Annual administration report of the Civil Veterinary Department of India - 1898-1899
Year: 1898
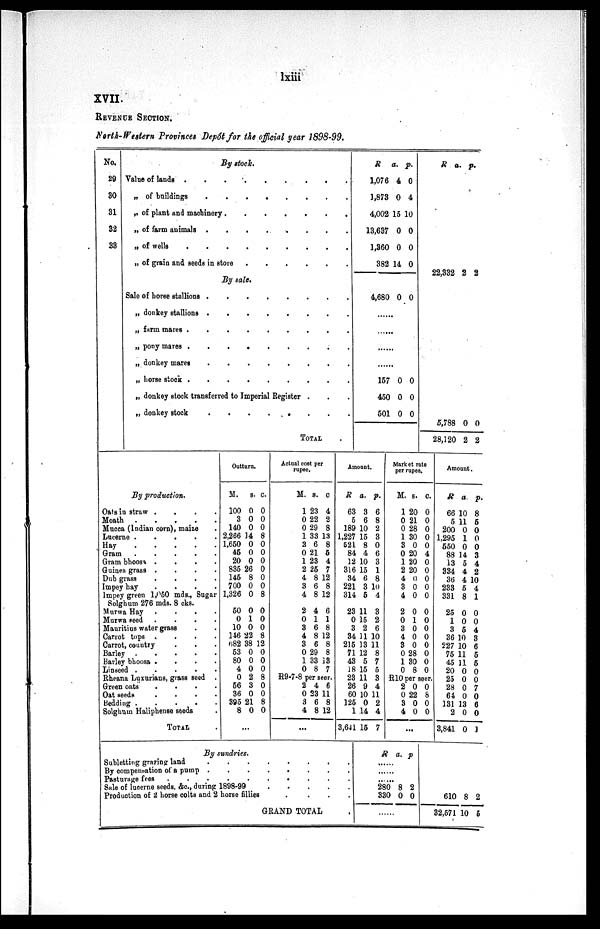
lxiii
XVII.
REVENUE SECTION.
North-Western Provinces Depôt for the official year 1898-99.
No.
29
30
31
32
33
By stock.
Value of lands
.
.
.
.
.
.
.
.
„ of buildings
.
.
.
.
.
.
.
.
.
„ of plant and machinery
.
.
.
.
.
.
.
„ of farm animals
.
.
.
.
„ of wells
.
.
.
.
.
.
.
.
„ of grain and seeds in store .
.
.
.
.
. . .
By sale.
Sale of horse stallions .
.
.
.
.
.
. . .
„ donkey stallions .
.
.
.
.
.
.
. .
„ farm mares .
.
.
.
.
.
.
.
.
„ pony mares
.
.
.
.
.
.
.
.
„ donkey mares
.
.
.
.
.
.
.
„ horse
stock
.
.
.
.
.
.
.
.
„ donkey stock transferred to Imperial Register . . .
„ donkey stock
.
.
.
.
.
.
.
TOTAL .
R
1,076
1,873
4,002
13,637
1,360
382
4,680
a.
4
0
15
0
0
14
0
p.
0
4
10
0
0
0
0
.....
.....
.....
.....
157
450
501
0
0
0
0
0
0
R a. p.
22,332
2 2
5,788
28,120
0
2
0
2
By production.
Oats in straw . . . .
Moath .
.
. . .
Mucca (Indian corn), maize .
Lucerne . . . . .
Hay
.
.
.
.
.
Gram
. . . . .
Gram bhoosa .
.
.
. .
Guinea grass . . . .
Dub grass
.
.
.
.
Impey hay
.
.
.
.
lmpey green 1,050 mds., Sugar
Solghum 276 mds. 8 cks.
Murwa Hay . . . .
Murwa seed .
.
.
.
Mauritius water grass . .
Carrot tops . . . .
Carrot, country . . . .
Barley
.
.
.
.
.
Barley bhoosa .
.
.
.
Linseed . . . . .
Rheana Luxurians, grass seed .
Green oats
.
.
.
.
Oat seeds
.
.
.
.
Bedding
.
.
.
.
.
Solghum Haliphense seeds .
TOTAL
Outturn.
M.
100
3
140
2,266
1,650
45
20
835
145
700
1,326
50
0
10
146
682
53
80
4
0
56
36
395
8
s.
0
0
0
14
0
0
0
26
8
0
0
0
1
0
22
38
0
0
0
2
3
0
21
0
c.
0
0
0
8
0
0
0
0
0
0
8
0
0
0
8
12
0
0
0
8
0
0
8
0
...
Actual cost per
rupee.
M.
1
0
0
1
3
0
1
2
4
3
4
2
0
3
4
3
0
1
0
s.
23
22
29
33
6
21
23
25
8
6
8
4
1
6
8
6
29
33
8
c.
4
2
8
13
8
5
4
7
12
8
12
6
1
8
12
8
8
13
7
R9-7-8 per seer.
2
0
3
4
4
23
6
8
6
11
8
12
...
Amount.
R
63
5
189
1,227
521
84
12
316
34
221
314
23
0
3
34
215
71
43
18
23
26
60
125
1
3,641
a.
3
6
10
15
8
4
10
15
6
3
5
11
15
2
11
13
12
5
15
11
9
10
0
14
15
p.
6
8
2
3
0
6
3
1
8
10
4
3
2
6
10
11
8
7
5
3
4
11
2
4
7
Market rate
per rupee.
M.
1
0
0
1
3
0
1
2
4
3
4
2
0
3
4
3
0
1
0
s.
20
21
28
30
0
20
20
20
0
0
0
0
1
0
0
0
28
30
8
c.
0
0
0
0
0
4
0
0
0
0
0
0
0
0
0
0
0
0
0
R10 per seer.
2
0
3
4
0
22
0
0
0
8
0
0
...
Amount.
R
66
5
200
1,295
550
88
13
334
36
233
331
25
1
3
36
227
75
45
20
25
28
64
131
2
3,841
a
10
11
0
1
0
14
5
4
4
5
8
0
0
5
10
10
11
11
0
0
0
0
13
0
0
p.
8
5
0
0
0
3
4
2
10
4
1
0
0
4
3
6
5
5
0
0
7
0
6
0
1
By sundries.
Subletting grazing land . . . . . . . .
By compensation of a pump . . . . . . . .
Pasturage fees
.
.
.
.
.
.
.
.
Sale of lucerne seeds, &c., during 1898-99 . . . . .
Production of 2 horse colts and 2 horse fillies . . . .
GRAND TOTAL
.
R a. p
....
...
....
280
330
8
0
2
0
.....
610
32,571
8
10
2
6